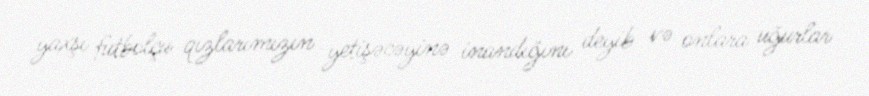
yaxşı futbolçu qızlarımızın yetişəcəyinə inandığını deyib və onlara uğurlar